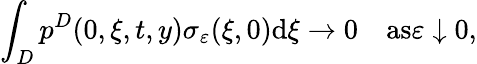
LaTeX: \int_{D}p^{D}(0,\xi,t,y)\sigma_{\varepsilon}(\xi,0)\textrm{d}\xi\to 0\quad\textrm{as}\varepsilon\downarrow 0,